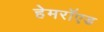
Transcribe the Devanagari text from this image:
हेमरॉएड